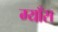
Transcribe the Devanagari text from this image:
ग्याँस